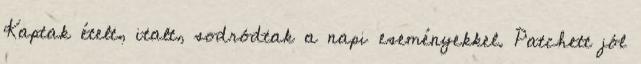
Kaptak ételt, italt, sodródtak a napi eseményekkel. Patchett jól